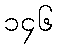
၁၄၆